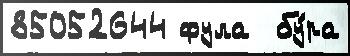
85052644 фула  бу́ра